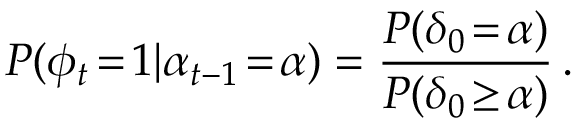
P ( \phi _ { t } \! = \! 1 | \alpha _ { t - 1 } \! = \! \alpha ) = \frac { P ( \delta _ { 0 } \! = \! \alpha ) } { P ( \delta _ { 0 } \! \geq \! \alpha ) } \, .